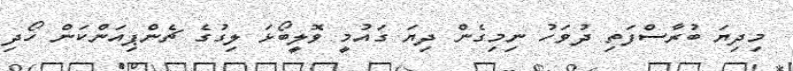
މިދިޔަ ބުރާސްފަތި ދުވަހު ނިމިގެން ދިޔަ ގައުމީ ވޮލީބޯޅަ ލިގުގެ ޗެންޕިއަންކަން ހޯދި